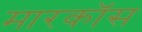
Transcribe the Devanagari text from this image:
मारकॉस